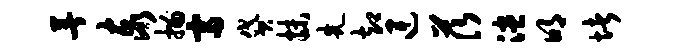
著泰描富贷抹先却连茨漶明堵